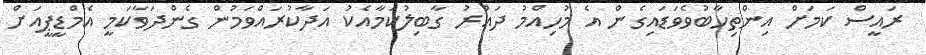
ރައީސް ކަމަށް އިންތިހާބުވެވަޑައިގެން އެ މުހިއްމު ދައުރު ގާބިލުކަމާއެކު އަދާކުރައްވަމުން ގެންދަވާކަމީ އެމްޑީޕީއަށް